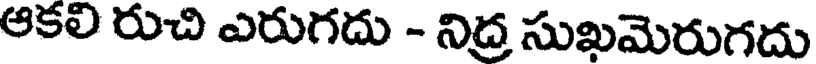
ఆకలి రుచి ఎరుగదు - నిద్ర సుఖమెరుగదు